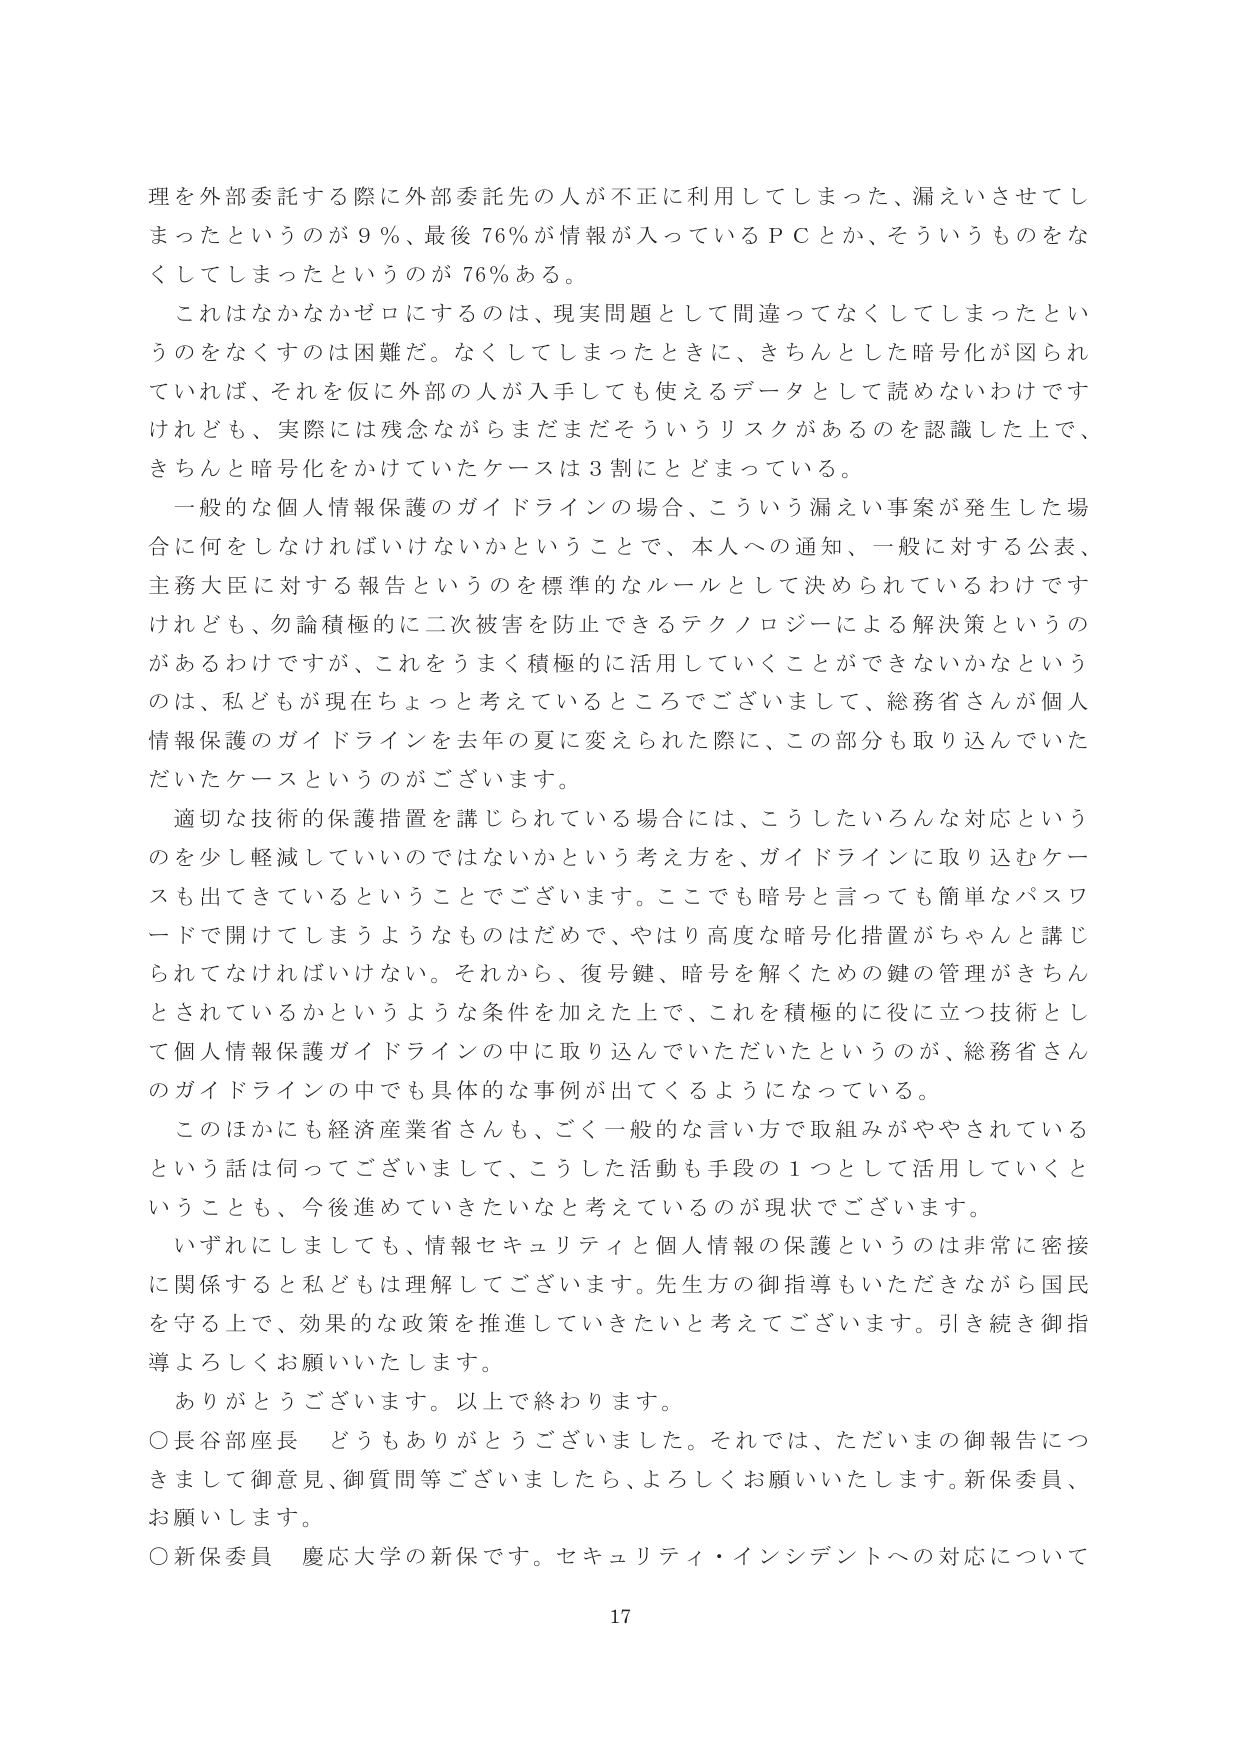
理を外部委託する際に外部委託先の人が不正に利用してしまった、漏えいさせてしまったというのが９％、最後７６％が情報が入っているＰＣとか、そういうものをなくしてしまったというのが７６％ある。

これはなかなかゼロにするのは、現実問題として間違ってなくなってしまったというのをなくすのは困難だ。なくなってしまったときに、きちんとした暗号化が図られていれば、それを仮に外部の人が入手しても使えるデータとして読めないわけですがけれども、実際には残念ながらまだまだそういうリスクがあるのを認識した上で、きちんと暗号化をかけていたケースは３割にとどまっている。

一般的な個人情報保護のガイドラインの場合、こういう漏えい事案が発生した場合に何をしなければいけないかということで、本人への通知、一般に対する公表、主務大臣に対する報告というのを標準的なルールとして決められているわけですがけれども、勿論積極的に二次被害を防止できるテクノロジーによる解決策というのがあるわけですが、これをうまく積極的に活用していくことができないかなというのは、私どもが現在ちょっと考えているところでございまして、総務省さんが個人情報保護のガイドラインを去年の夏に変えられた際に、この部分も取り込んでいただいたケースというのがございます。

適切な技術的保護措置を講じられている場合には、こうしたいろんな対応というのを少し軽減していいのではないかという考え方を、ガイドラインに取り込むケースも出てきているということでございます。ここでも暗号と言っても簡単なパスワードで開けてしまうようなものはだめで、やはり高度な暗号化措置がちゃんと講じられてなければいけない。それから、復号鍵、暗号を解くための鍵の管理がきちんとされているかというような条件を加えた上で、これを積極的に役に立つ技術として個人情報保護ガイドラインの中に取り込んでいただいたというのが、総務省さんのガイドラインの中でも具体的な事例が出てくるようになっている。

このほかにも経済産業省さんも、ごく一般的な言い方で取組みがややされているという話は伺ってございまして、こうした活動も手段の１つとして活用していくことも、今後進めていきたいなと考えているのが現状でございます。

いずれにしましても、情報セキュリティと個人情報の保護というのは非常に密接に関係すると私どもは理解しております。先生方の御指導もいただきながら国民を守る上で、効果的な政策を推進していきたいと考えております。引き続き御指導よろしくお願いいたします。

ありがとうございます。以上で終わります。

○長谷部座長　どうもありがとうございました。それでは、ただいまの御報告につきまして御意見、御質問等ございましたら、よろしくお願いいたします。新保委員、お願いします。

○新保委員　慶応大学の新保です。セキュリティ・インシデントへの対応について

17